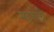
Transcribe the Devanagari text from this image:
महत्तेचे